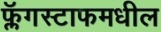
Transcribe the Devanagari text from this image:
फ्लॅगस्टाफमधील